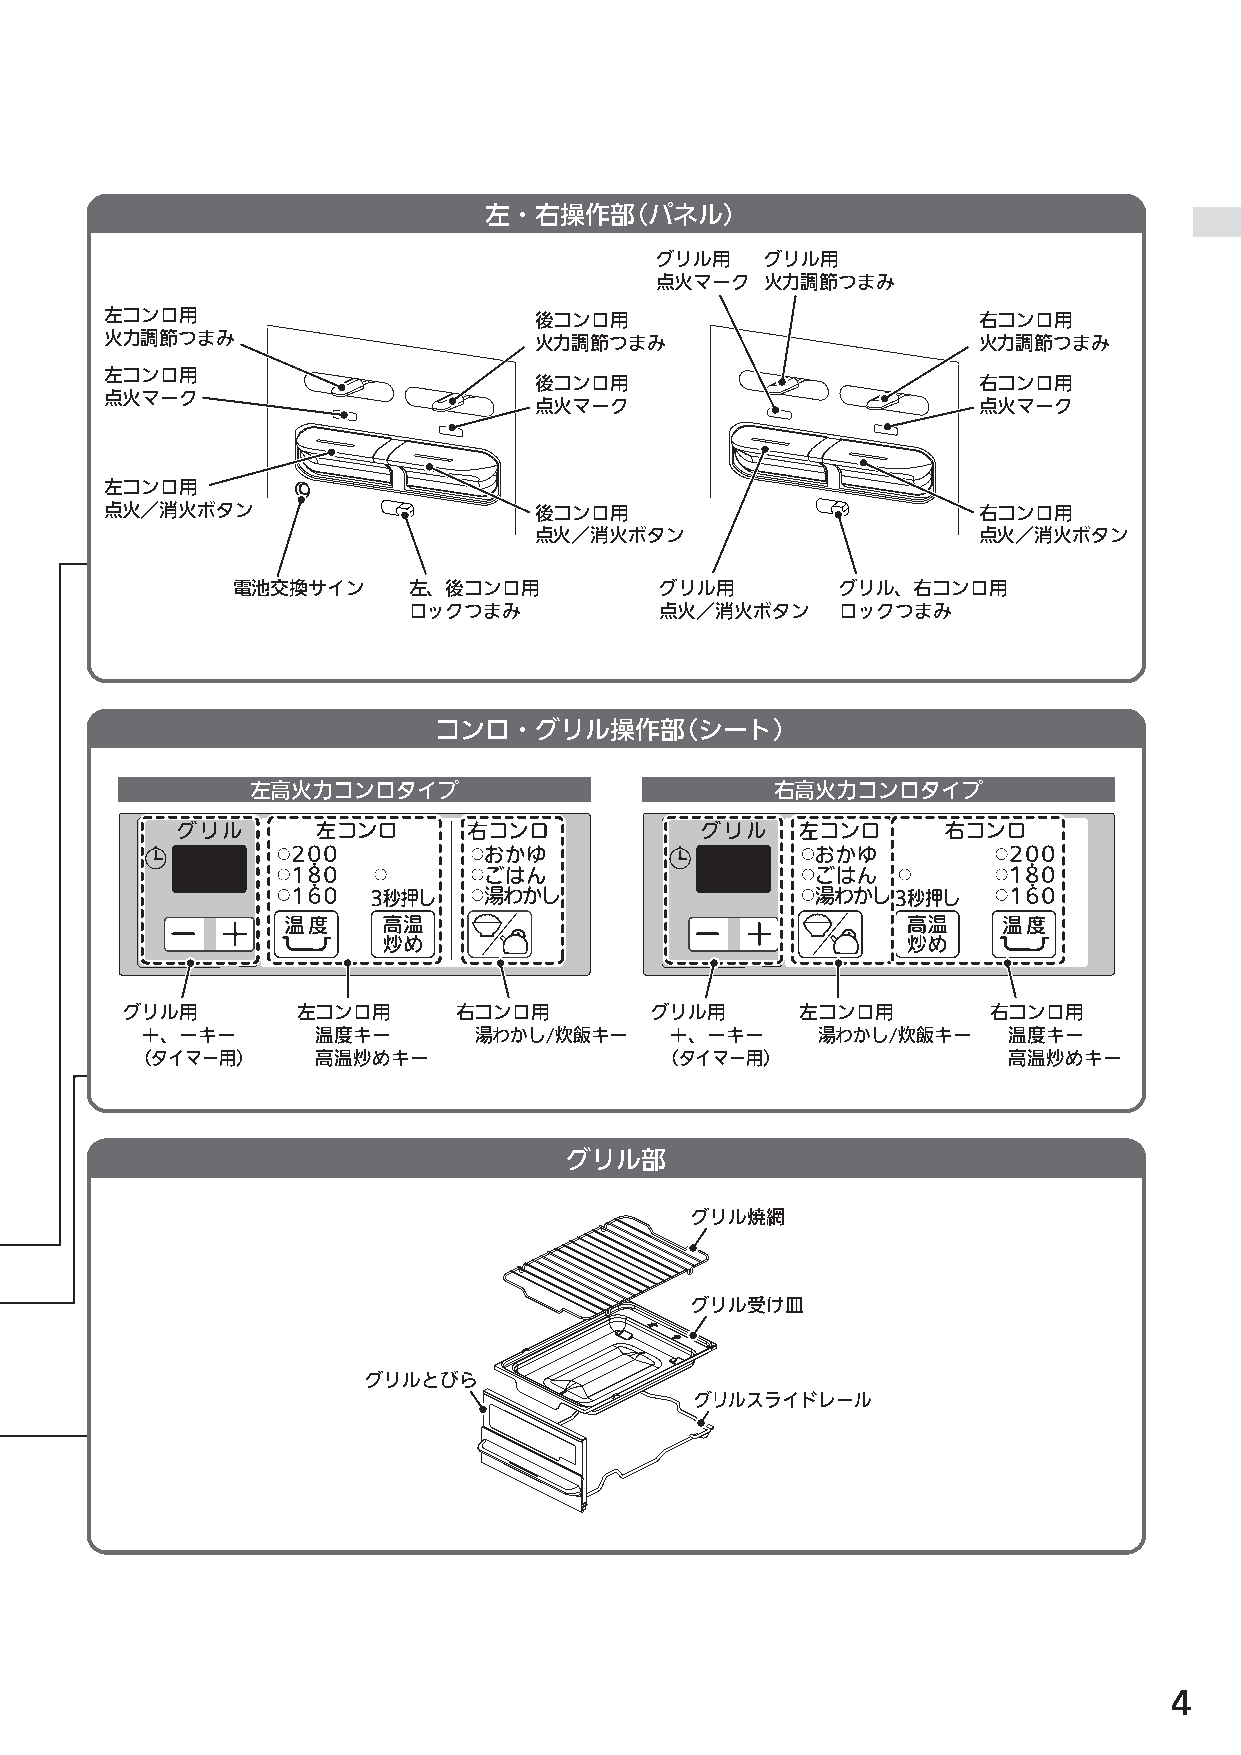
各部のなまえ
 左・右操作部（パネル）
 グリル用    グリル用
 点火マーク   火力調節つまみ
 左コンロ用                       後コンロ用                         右コンロ用
 火力調節つまみ                     火力調節つまみ                       火力調節つまみ
 左コンロ用
 後コンロ用                         右コンロ用
 点火マーク
 点火マーク                         点火マーク
 左コンロ用
 点火／消火ボタン                    後コンロ用                         右コンロ用
 点火／消火ボタン                      点火／消火ボタン
 電池交換サイン     左、後コンロ用          グリル用        グリル、右コンロ用
 ロックつまみ           点火／消火ボタン    ロックつまみ
 コンロ・グリル操作部（シート）
 左高火力コンロタイプ                        右高火力コンロタイプ
 グリル用        左コンロ用     右コンロ用        グリル用      左コンロ用        右コンロ用
 ＋、−キー       温度キー      湯わかし/炊飯キー    ＋、−キー     湯わかし/炊飯キー    温度キー
 （タイマー用）     高温炒めキー                 （タイマー用）                高温炒めキー
 グリル部
 グリル焼網
 グリル受け皿
 グリルとびら
 グリルスライドレール
 4
 N3GN2RJT_取説_NR.indd 4                                                    2014/01/21 8:50:27